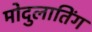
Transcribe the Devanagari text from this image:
मोदुलातिंग